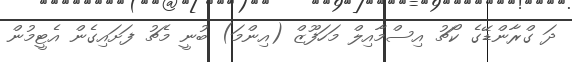
ދަ ގްރާންޑޭގެ ކޯޗު އިސްމާއިލް މަހަފޫޒް (އިންމަ) ބުނީ މެޗު ފަށައިގެން އެޓީމުން